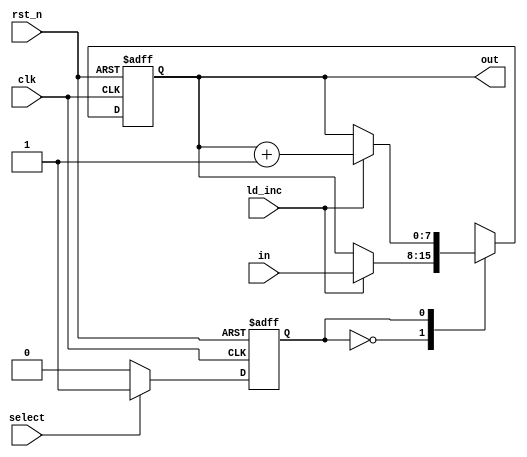
module regN_fsm #(
	parameter WIDTH = 8,
	parameter HIGH = WIDTH - 1
)(
	input clk,
	input rst_n,
	input select,
	input ld_inc,
	input [HIGH:0] in,
	output [HIGH:0] out
);
	// fsm is Final State Machine

	reg state_next, state_reg; // this is 1b for this ld_inc, in general state register has larger width
	// different states has different names

	localparam LD = 1'b0;  	// local parameter is very similar to
	localparam INC = 1'b1; 	// define or enum

	reg [HIGH:0] out_next, out_reg;

	assign out = out_reg;

	always @(posedge clk, negedge rst_n) begin
		if(!rst_n) begin
			out_reg <= {WIDTH{1'b0}};			
			state_reg <= LD; // state is initially in LD state
		end else begin
			out_reg <= out_next;
			state_reg <= state_next;
		end
	end

	always @(*) begin
		// We need final state machine logic
		// module has different states
		// behavior is different depends on state where the module is

		out_next = out_reg;
		state_next = state_reg;

		case (state_reg)

			LD: begin
				// switch state
				if(select == 1'b1)
					state_next = INC;
				
				// do combinational logic depends on the state
				if(ld_inc)
					out_next = in;

			end

			INC: begin
				// switch state
				if(select == 1'b0)
					state_next = LD;

				// do combinational logic depends on the state
				if(ld_inc)
					out_next = out_reg + 1'b1;
				
			end

		endcase

	end

endmodule